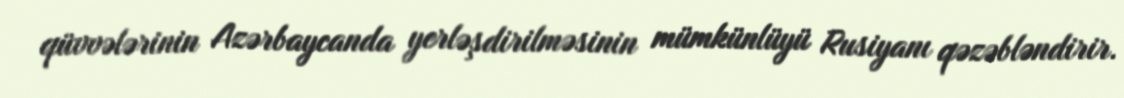
qüvvələrinin Azərbaycanda yerləşdirilməsinin mümkünlüyü Rusiyanı qəzəbləndirir.